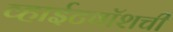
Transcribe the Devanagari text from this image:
व्हाईटवॉशची